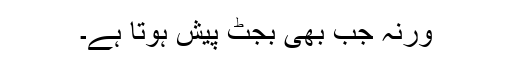
ورنہ جب بھی بجٹ پیش ہوتا ہے۔